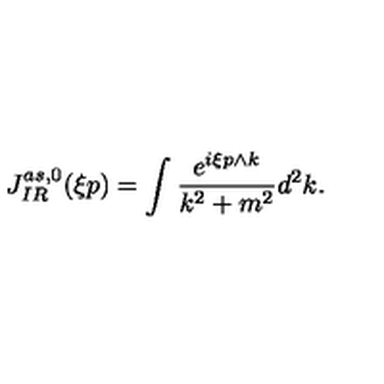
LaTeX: J _ { I R } ^ { a s , 0 } ( \xi p ) = \int \frac { e ^ { i \xi p \wedge k } } { k ^ { 2 } + m ^ { 2 } } d ^ { 2 } k .